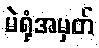
မဲရုံအမှတ်